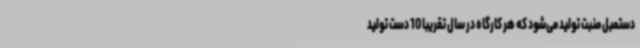
دستمبل منبت تولید می‌شود که هر کارگاه در سال تقریباً 10 دست تولید